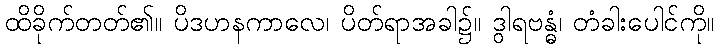
ထိခိုက်တတ်၏။ ပိဒဟနကာလေ၊ ပိတ်ရာအခါ၌။ ဒွါရဗန္ဓံ၊ တံခါးပေါင်ကို။